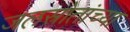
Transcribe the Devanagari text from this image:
जलस्रोतांच्या